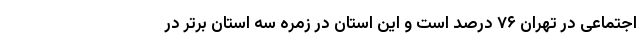
اجتماعی در تهران ۷۶ درصد است و این استان در زمره سه استان برتر در